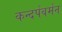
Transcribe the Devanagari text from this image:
कन्दर्पवर्मन